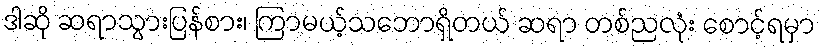
ဒါဆို ဆရာသွားပြန်စား၊ ကြာမယ့်သဘောရှိတယ် ဆရာ တစ်ညလုံး စောင့်ရမှာ